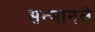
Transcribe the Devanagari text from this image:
सन्मानले